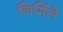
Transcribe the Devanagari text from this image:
निर्मिलें